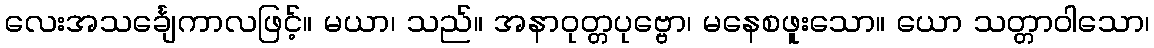
လေးအသင်္ချေကာလဖြင့်။ မယာ၊ သည်။ အနာဝုတ္တပုဗ္ဗော၊ မနေစဖူးသော။ ယော သတ္တာဝါသော၊